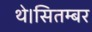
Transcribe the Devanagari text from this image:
थे।सितम्बर